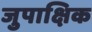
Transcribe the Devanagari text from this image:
जुपाक्षिक